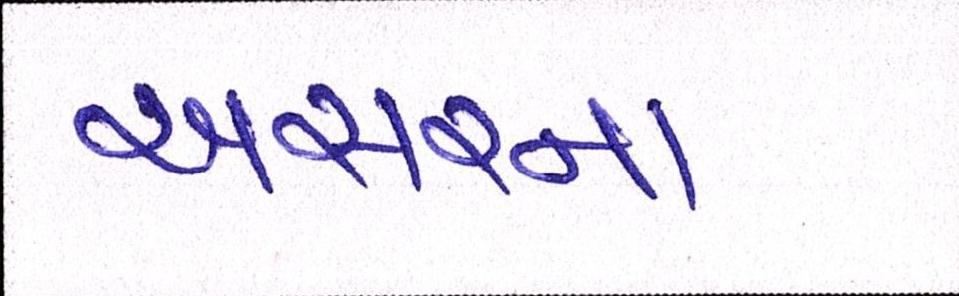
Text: અસરના